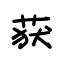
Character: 获